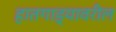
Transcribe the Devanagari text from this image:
हातगाड्यावरील